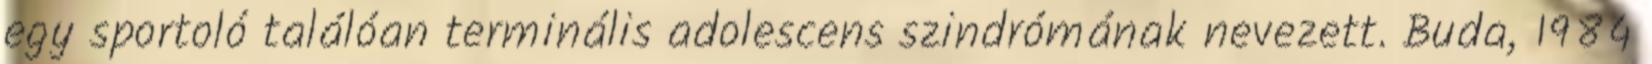
egy sportoló találóan terminális adolescens szindrómának nevezett. Buda, 1984